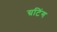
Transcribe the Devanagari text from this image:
ग्रटिंग